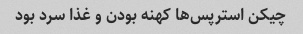
چیکن استرپس‌ها کهنه بودن و غذا سرد بود